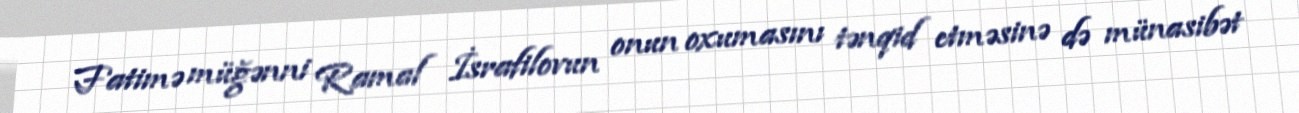
Fatimə müğənni Ramal İsrafilovun onun oxumasını tənqid etməsinə də münasibət